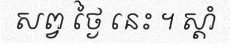
សព្វ ថ្ងៃ នេះ ។ ស្តាំ